Vaccination in Bombay 1863-1868 - 1863-1868
Year: 1863
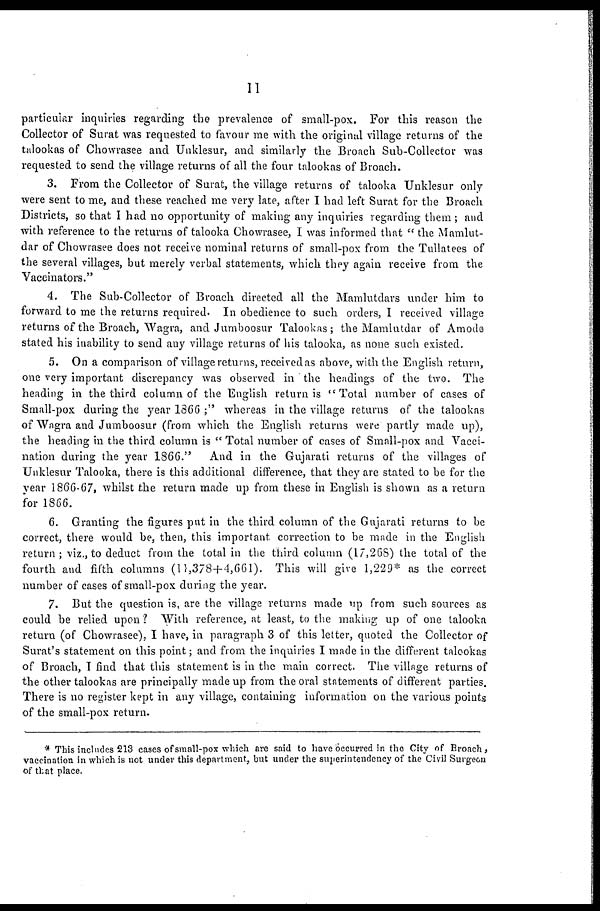
11
particular inquiries regarding the prevalence of small-pox. For this reason the
Collector of Surat was requested to favour me with the original village returns of the
talookas of Chowrasee and Unklesur, and similarly the Broach Sub-Collector was
requested to send the village returns of all the four talookas of Broach.
3. From the Collector of Surat, the village returns of talooka Unklesur only
were sent to me, and these reached me very late, after I had left Surat for the Broach
Districts, so that I had no opportunity of making any inquiries regarding them; and
with reference to the returns of talooka Chowrasee, I was informed that " the Mamlut-
dar of Chowrasee does not receive nominal returns of small-pox from the Tullatees of
the several villages, but merely verbal statements, which they again receive from the
Vaccinators."
4. The Sub-Collector of Broach directed all the Mamlutdars under him to
forward to me the returns required. In obedience to such orders, I received village
returns of the Broach, Wagra, and Jumboosur Talookas; the Mamlutdar of Amode
stated his inability to send any village returns of his talooka, as none such existed.
5. On a comparison of village returns, received as above, with the English return,
one very important discrepancy was observed in ' the headings of the two. The
heading in the third column of the English return is " Total number of cases of
Small-pox during the year 1866 ;" whereas in the village returns of the talookas
of Wagra and Jumboosur (from which the English returns were partly made up),
the heading in the third column is " Total number of cases of Small-pox and Vacci-
nation during the year 1866."
And in the Gujarati returns of the villages of
Unklesur Talooka, there is this additional difference, that they are stated to be for the
year 1866-67, whilst the return made up from these in English is shown as a return
for 1866.
6. Granting the figures put in the third column of the Gujarati returns to be
correct, there would be, then, this important correction to be made in the English
return; viz., to deduct from the total in the third column (17,268) the total of the
fourth and fifth columns (11,378+4,661). This will give 1,229* as the correct
number of cases of small-pox during the year.
7. But the question is, are the village returns made up from such sources as
could be relied upon ? With reference, at least, to the making up of one talooka
return (of Chowrasee), I have, in paragraph 3 of this letter, quoted the Collector of
Surat's statement on this point; and from the inquiries I made in the different talookas
of Broach, I find that this statement is in the main correct. The village returns of
the other talookas are principally made up from the oral statements of different parties.
There is no register kept in any village, containing information on the various points
of the small-pox return.
* This includes 213 cases of small-pox which are said to have occurred in the City of Broach,
vaccination in which is not under this department, but under the superintendency of the Civil Surgeon
of that place.